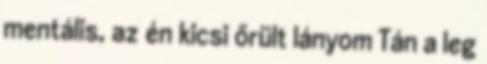
mentális, az én kicsi őrült lányom Tán a leg